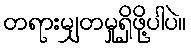
တရားမျှတမှုရှိဖို့ပါပဲ။